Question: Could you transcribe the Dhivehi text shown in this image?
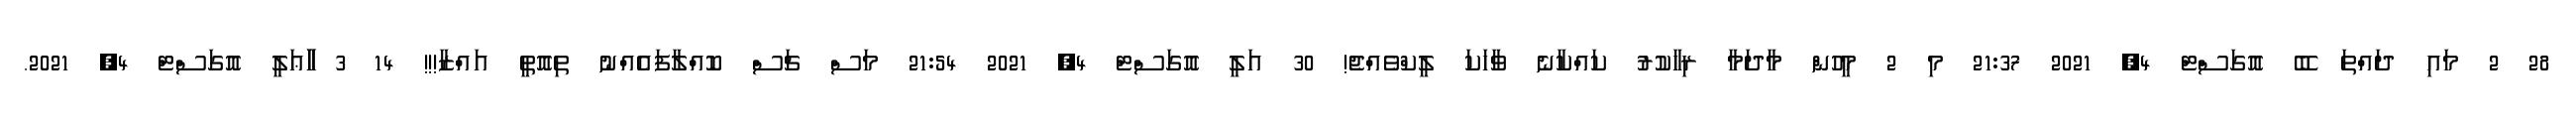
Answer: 28 2 މައި ދައްތަ ބޭ އޮގަސްޓް 4, 2021 21:37 މި 2 މީހުން މާދަމާ ރިހާކުރު ކައްކާނެ ވާހަކަ ލީކްވެއްޖެ! 30 އަލީ އޮގަސްޓް 4, 2021 21:54 މަސް ޗަސް ކޮއްލާފައެއްނު ތިއޮތީ އައްޒާ!!! 14 3 ާާާޢަލީ އޮގަސްޓް 4, 2021.